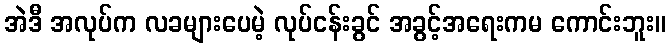
အဲဒီ အလုပ်က လခများပေမဲ့ လုပ်ငန်းခွင် အခွင့်အရေးကမ ကောင်းဘူး။